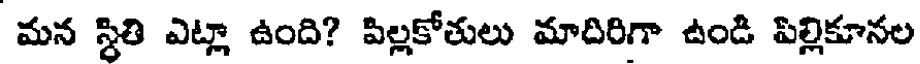
మన స్థితి ఎట్లా ఉంది? పిల్లకోతులు మాదిరిగా ఉండి పిల్లికూనల